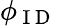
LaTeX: \phi_{\mathrm{~I~D~}}